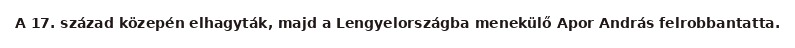
A 17. század közepén elhagyták, majd a Lengyelországba menekülő Apor András felrobbantatta.